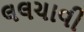
લલચાવી